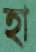
হা